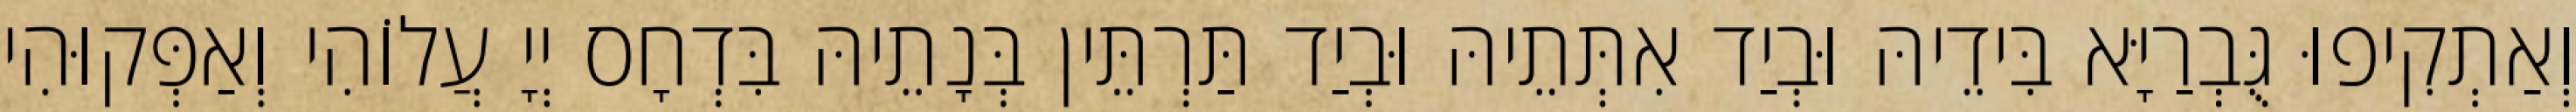
וְאַתְקִיפוּ גֻּבְרַיָּא בִּידֵיהּ וּבְיַד אִתְּתֵיהּ וּבְיַד תַּרְתֵּין בְּנָתֵיהּ בִּדְחָס יְיָ עֲלוֹהִי וְאַפְּקוּהִי